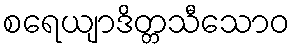
စရေယျာဒိတ္တသီသောဝ